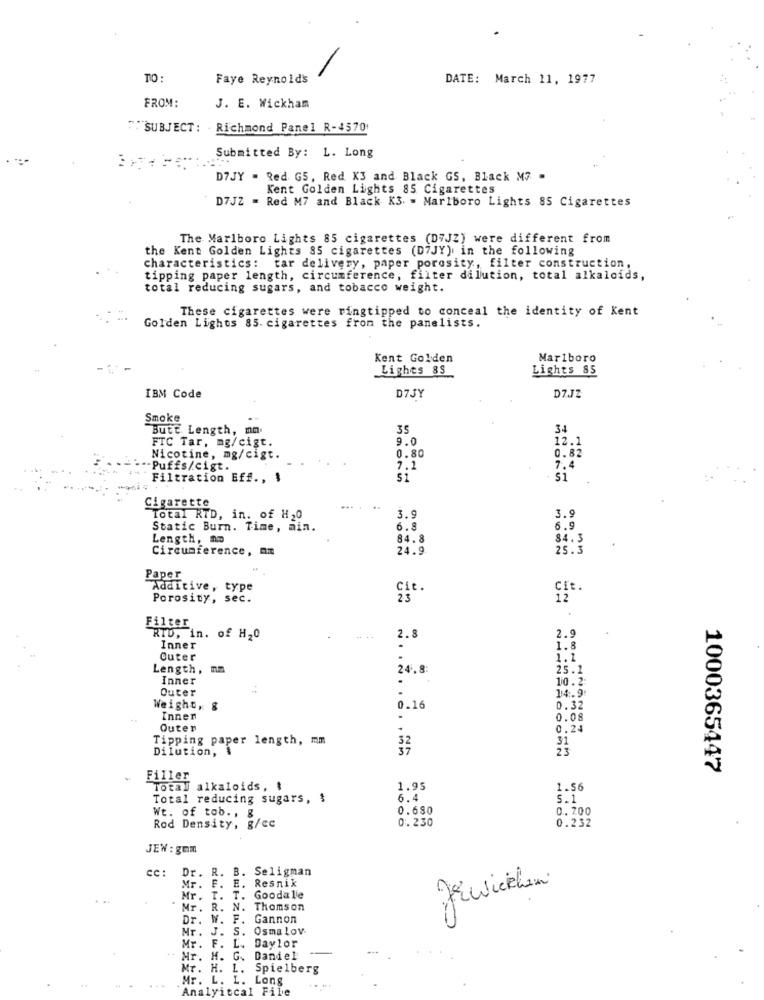
TO :
Faye Reynolds
DATE: March 11, 1977
FROM:
J. E. Wickham
SUBJECT : . Richmond Panel R-4570
Submitted By: L. Long
D7JY = Red G5, Red K3 and Black GS, Black M7 -
Kent Golden Lights 85 Cigarettes
D7JZ = Red M7 and Black K3. = Marlboro Lights 85 Cigarettes
The Marlboro Lights 85 cigarettes (D"JZ) were different from
the Kent Golden Lights 85 cigarettes (D7JY), in the following
characteristics: tar delivery, paper porosity, filter construction,
tipping paper length, circumference, filter dilution, total alkaloids,
total reducing sugars, and tobacco weight.
These cigarettes were ringtipped to conceal the identity of Kent
Golden Lights 85. cigarettes from the panelists.
Kent Golden
Marlboro
Lighes 8s
Lights 85
IBM Code
D7JY
D7JZ
Smoke
Butt Length, mm.
35
34
FTC Tar, mg/cigt.
9.0
12.1
0.80
Nicotine, mg/cigt.
0.82
--- Puffs/cigt.
7.1
7.4
Filtration Eff ., $
$1
si
Cigarette
... .
3.9
Total RTD, in. of H20
3.9
Static Burn. Time, min.
6.8
6.9
Length, no
84.8
84.3
Circumference, Am
24.9
25.3
Paper
Additive, type
Cit.
Cit.
Porosity, sec.
12
Filter
2.9
RID, in. of H20
2.8
Inner
1.8
Outer
1.1
Length, mm
24.8
25.1
Inner
10.2
Outer
14.9
Weighty &
0.16
0.32
Innen
0.08
Outer
0.24
Tipping paper length, mm
32
31
Dilution,
37
23
1000365447
Filler
Total alkaloids, $
1.95
1.56
Total reducing sugars, $
6.4
5.1
0.680
0. 200
Rod Density, g/cc
Wt. of tob ., &
0. 230
0.232
JEW : gmm
CC:
Dr. R.
B. Seligman
Resnik
Mr.
F.
E.
ZEwickham
Mr.
T.
T.
Goodalle
Mr. R.
N.
Thomson
Dr. W. F.
Gannon
Mr. J. S.
Osma lov
Mr. F. L.
Daylor
Mr. M.
Daniel
Mr. H. L.
Spielberg
Mr. L. L. Long
Analyitcal File